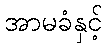
အာမခံနှင့်